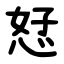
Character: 恏